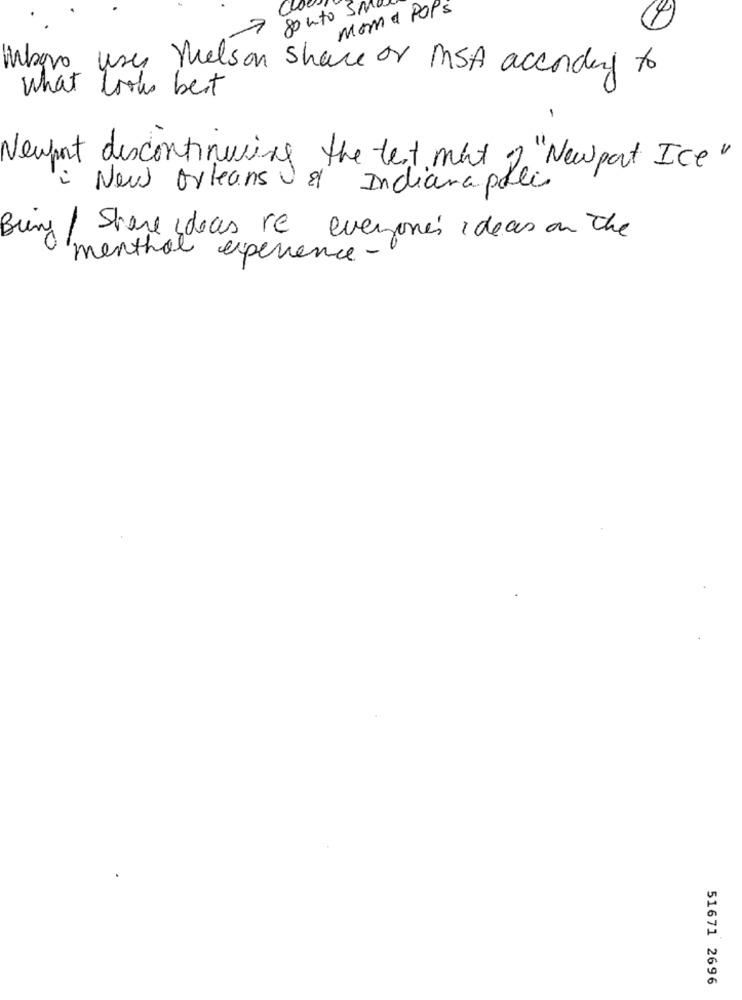
8onto SM
moma pops
4)
Mbor use thelson share or MSA according to
what looks best
Newport discontinuing the test mant 2"New port Ice"
New orleans & Indianapolis
Bring / Share ideas re everyone's ideas on the
menthol experience -
51671 2696